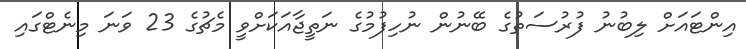
އިންޓައަށް ލިބުނު ފުރުސަތުގެ ބޭނުން ނުހިފުމުގެ ނަތީޖާއަކަށްވީ މެޗުގެ 23 ވަނަ މިނެޓްގައި